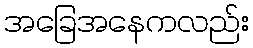
အခြေအနေကလည်း